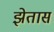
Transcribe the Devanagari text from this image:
झेतास